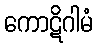
ကောဋိဂါမံ